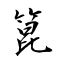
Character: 箟